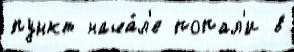
пункт нача́л'е попал'и в